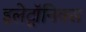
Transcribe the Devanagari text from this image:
इलेट्रॉनिक्स